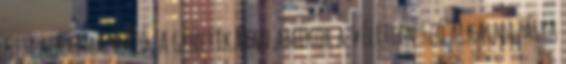
nem alkalmazható. A genetikában amikor a véletlen szó alkalmazásra